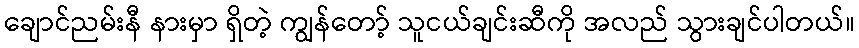
ချောင်ညမ်းနီ နားမှာ ရှိတဲ့ ကျွန်တော့် သူငယ်ချင်းဆီကို အလည် သွားချင်ပါတယ်။